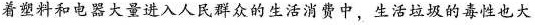
着料和电器大量进入人民群众的生活消费中，生活短圾的毒性也大